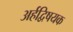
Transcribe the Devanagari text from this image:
अर्हद्विषयक